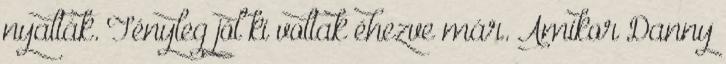
nyalták. Tényleg jól ki voltak éhezve már. Amikor Danny